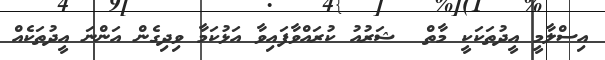
އިސްލާމީ އީދުތަކަކީ މާތް  ޝަރުއު ކުރައްވާފައިވާ އަޅުކަމާ ވިދިގެން އަންނަ އީދުތަކެއް